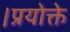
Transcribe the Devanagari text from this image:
।प्रयोक्ते